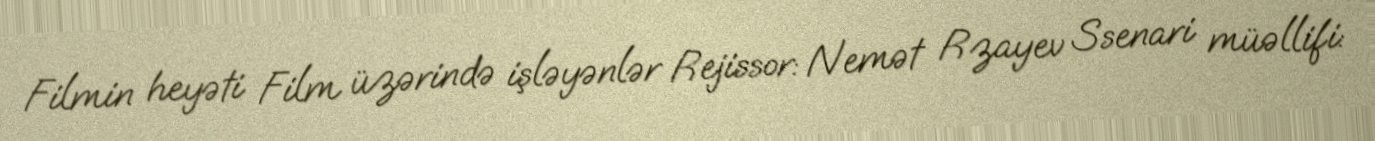
Filmin heyəti Film üzərində işləyənlər Rejissor: Nemət Rzayev Ssenari müəllifi: